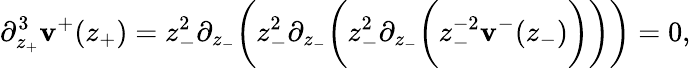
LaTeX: \partial_{z_{+}}^{3}\mathbf{v}^{+}(z_{+})=z_{-}^{2}\partial_{z_{-}}\bigg(z_{-}^{2}\partial_{z_{-}}\bigg(z_{-}^{2}\partial_{z_{-}}\bigg(z_{-}^{-2}\mathbf{v}^{-}(z_{-})\bigg)\bigg)\bigg)=0,